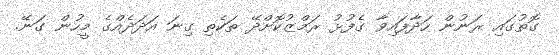
ގޮތުގައި ރަނުން ހަދާފައިވާ ގެފުޅު ރަމްޒުކޮށްދޭ ތަކެތި ގިނަ އަދަދެއްގެ މީހުން ގަނޭ.